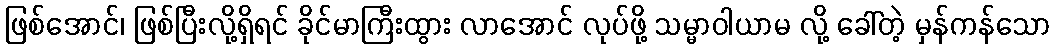
ဖြစ်အောင်၊ ဖြစ်ပြီးလို့ရှိရင် ခိုင်မာကြီးထွား လာအောင် လုပ်ဖို့ သမ္မာဝါယာမ လို့ ခေါ်တဲ့ မှန်ကန်သော